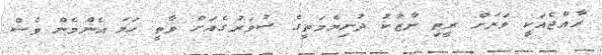
ރާއްޖެއަކީ ވަރަށް ރީތި ނާޒުކު ދުނިޔެމަތީގެ ސުވަރުގެއަށް ވާތީ ހަމަ އެންމެން ވެސް